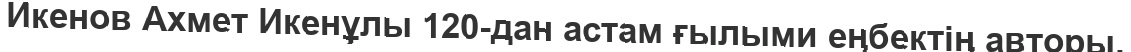
Икенов Ахмет Икенұлы 120-дан астам ғылыми еңбектің авторы.